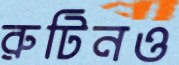
রুটিনও